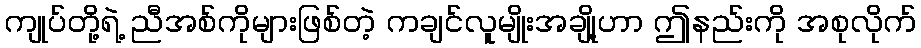
ကျုပ်တို့ရဲ့ ညီအစ်ကိုများဖြစ်တဲ့ ကချင်လူမျိုးအချို့ဟာ ဤနည်းကို အစုလိုက်